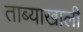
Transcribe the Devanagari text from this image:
ताब्याखाली